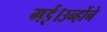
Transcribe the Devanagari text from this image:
गई।उन्होंने